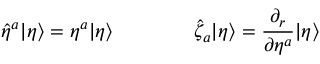
\hat { \eta } ^ { a } | \eta \rangle = \eta ^ { a } | \eta \rangle \qquad \qquad \hat { \zeta } _ { a } | \eta \rangle = \frac { \partial _ { r } } { \partial \eta ^ { a } } | \eta \rangle